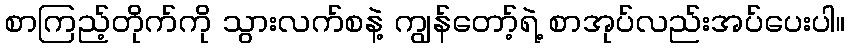
စာကြည့်တိုက်ကို သွားလက်စနဲ့ ကျွန်တော့်ရဲ့ စာအုပ်လည်းအပ်ပေးပါ။